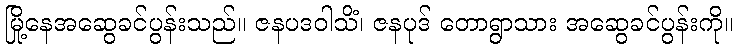
မြို့နေအဆွေခင်ပွန်းသည်။ ဇနပဒဝါသိံ၊ ဇနပုဒ် တောရွာသား အဆွေခင်ပွန်းကို။